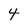
Character: 4